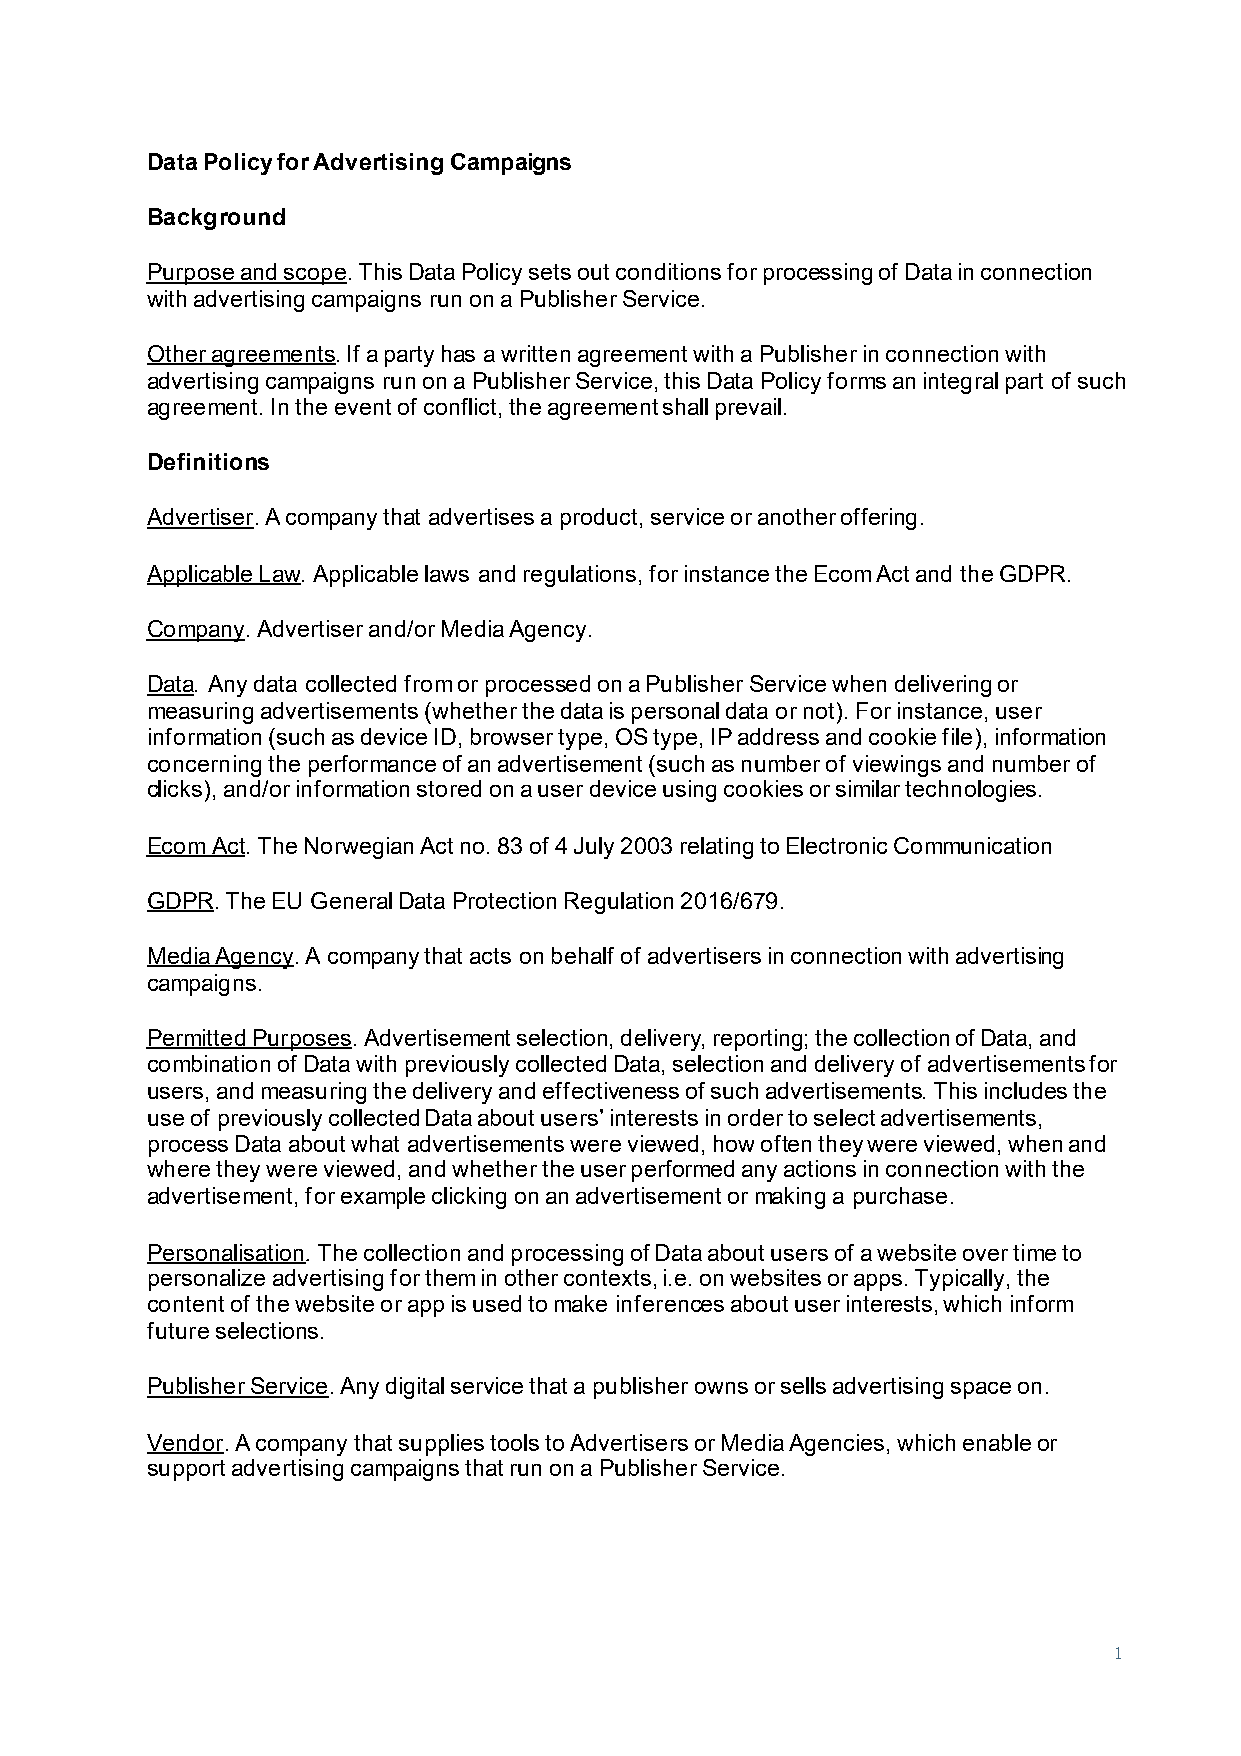
Data Policy for Advertising Campaigns
 Background
 Purpose and scope. This Data Policy sets out conditions for processing of Data in connection
 with advertising campaigns run on a Publisher Service.
 Other agreements. If a party has a written agreement with a Publisher in connection with
 advertising campaigns run on a Publisher Service, this Data Policy forms an integral part of such
 agreement. In the event of conflict, the agreement shall prevail.
 Definitions
 Advertiser. A company that advertises a product, service or another offering.
 Applicable Law. Applicable laws and regulations, for instance the Ecom Act and the GDPR.
 Company. Advertiser and/or Media Agency.
 Data. Any data collected from or processed on a Publisher Service when delivering or
 measuring advertisements (whether the data is personal data or not). For instance, user
 information (such as device ID, browser type, OS type, IP address and cookie file), information
 concerning the performance of an advertisement (such as number of viewings and number of
 clicks), and/or information stored on a user device using cookies or similar technologies.
 Ecom Act. The Norwegian Act no. 83 of 4 July 2003 relating to Electronic Communication
 GDPR. The EU General Data Protection Regulation 2016/679.
 Media Agency. A company that acts on behalf of advertisers in connection with advertising
 campaigns.
 Permitted Purposes. Advertisement selection, delivery, reporting; the collection of Data, and
 combination of Data with previously collected Data, selection and delivery of advertisements for
 users, and measuring the delivery and effectiveness of such advertisements. This includes the
 use of previously collected Data about users’ interests in order to select advertisements,
 process Data about what advertisements were viewed, how often they were viewed, when and
 where they were viewed, and whether the user performed any actions in connection with the
 advertisement, for example clicking on an advertisement or making a purchase.
 Personalisation. The collection and processing of Data about users of a website over time to
 personalize advertising for them in other contexts, i.e. on websites or apps. Typically, the
 content of the website or app is used to make inferences about user interests, which inform
 future selections.
 Publisher Service. Any digital service that a publisher owns or sells advertising space on.
 Vendor. A company that supplies tools to Advertisers or Media Agencies, which enable or
 support advertising campaigns that run on a Publisher Service.
 1